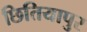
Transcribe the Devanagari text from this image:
छितियापुर